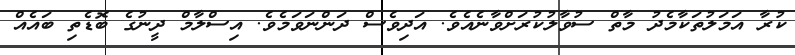
ކުރާ އަމަލުތަކާމެދު މާތް ސުވާލުކުރަށްވާނެއެވެ. އަދިވެސް ދަންނަވަމެވެ. އިސްލާމް ދީނުގެ ބޮޑެތި ބައެއް